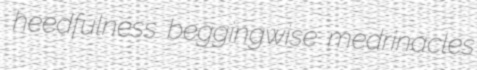
heedfulness beggingwise medrinacles